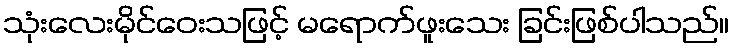
သုံးလေးမိုင်ဝေးသဖြင့် မရောက်ဖူးသေး ခြင်းဖြစ်ပါသည်။